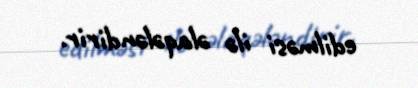
edilməsi ilə əlaqələndirir.